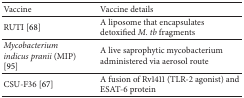
<table><thead><tr><td><b>Vaccine</b></td><td><b>Vaccine details</b></td></tr></thead><tbody><tr><td>RUTI [68]</td><td>A liposome that encapsulates detoxified <i>M. tb</i> fragments</td></tr><tr><td><i>Mycobacterium indicus pranii</i> (MIP) [95]</td><td>A live saprophytic mycobacterium administered via aerosol route </td></tr><tr><td>CSU-F36 [67]</td><td>A fusion of Rv1411 (TLR-2 agonist) and ESAT-6 protein </td></tr></tbody></table>